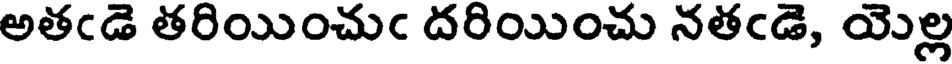
అతఁడె తరియించుఁ దరియించు నతఁడె, యెల్ల